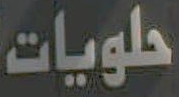
حلويات